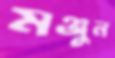
মঞ্জুন